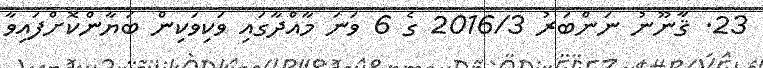
23. ޤާނޫނު ނަންބަރު 2016/3 ގެ 6 ވަނަ މާއްދާގައި ވަކިވަކިން ބަޔާންކޮށްފައިވާ